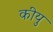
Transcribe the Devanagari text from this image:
कीयु